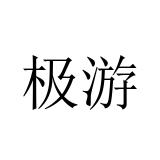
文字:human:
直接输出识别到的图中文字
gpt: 极游